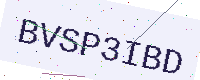
Text: BVSP3IBD